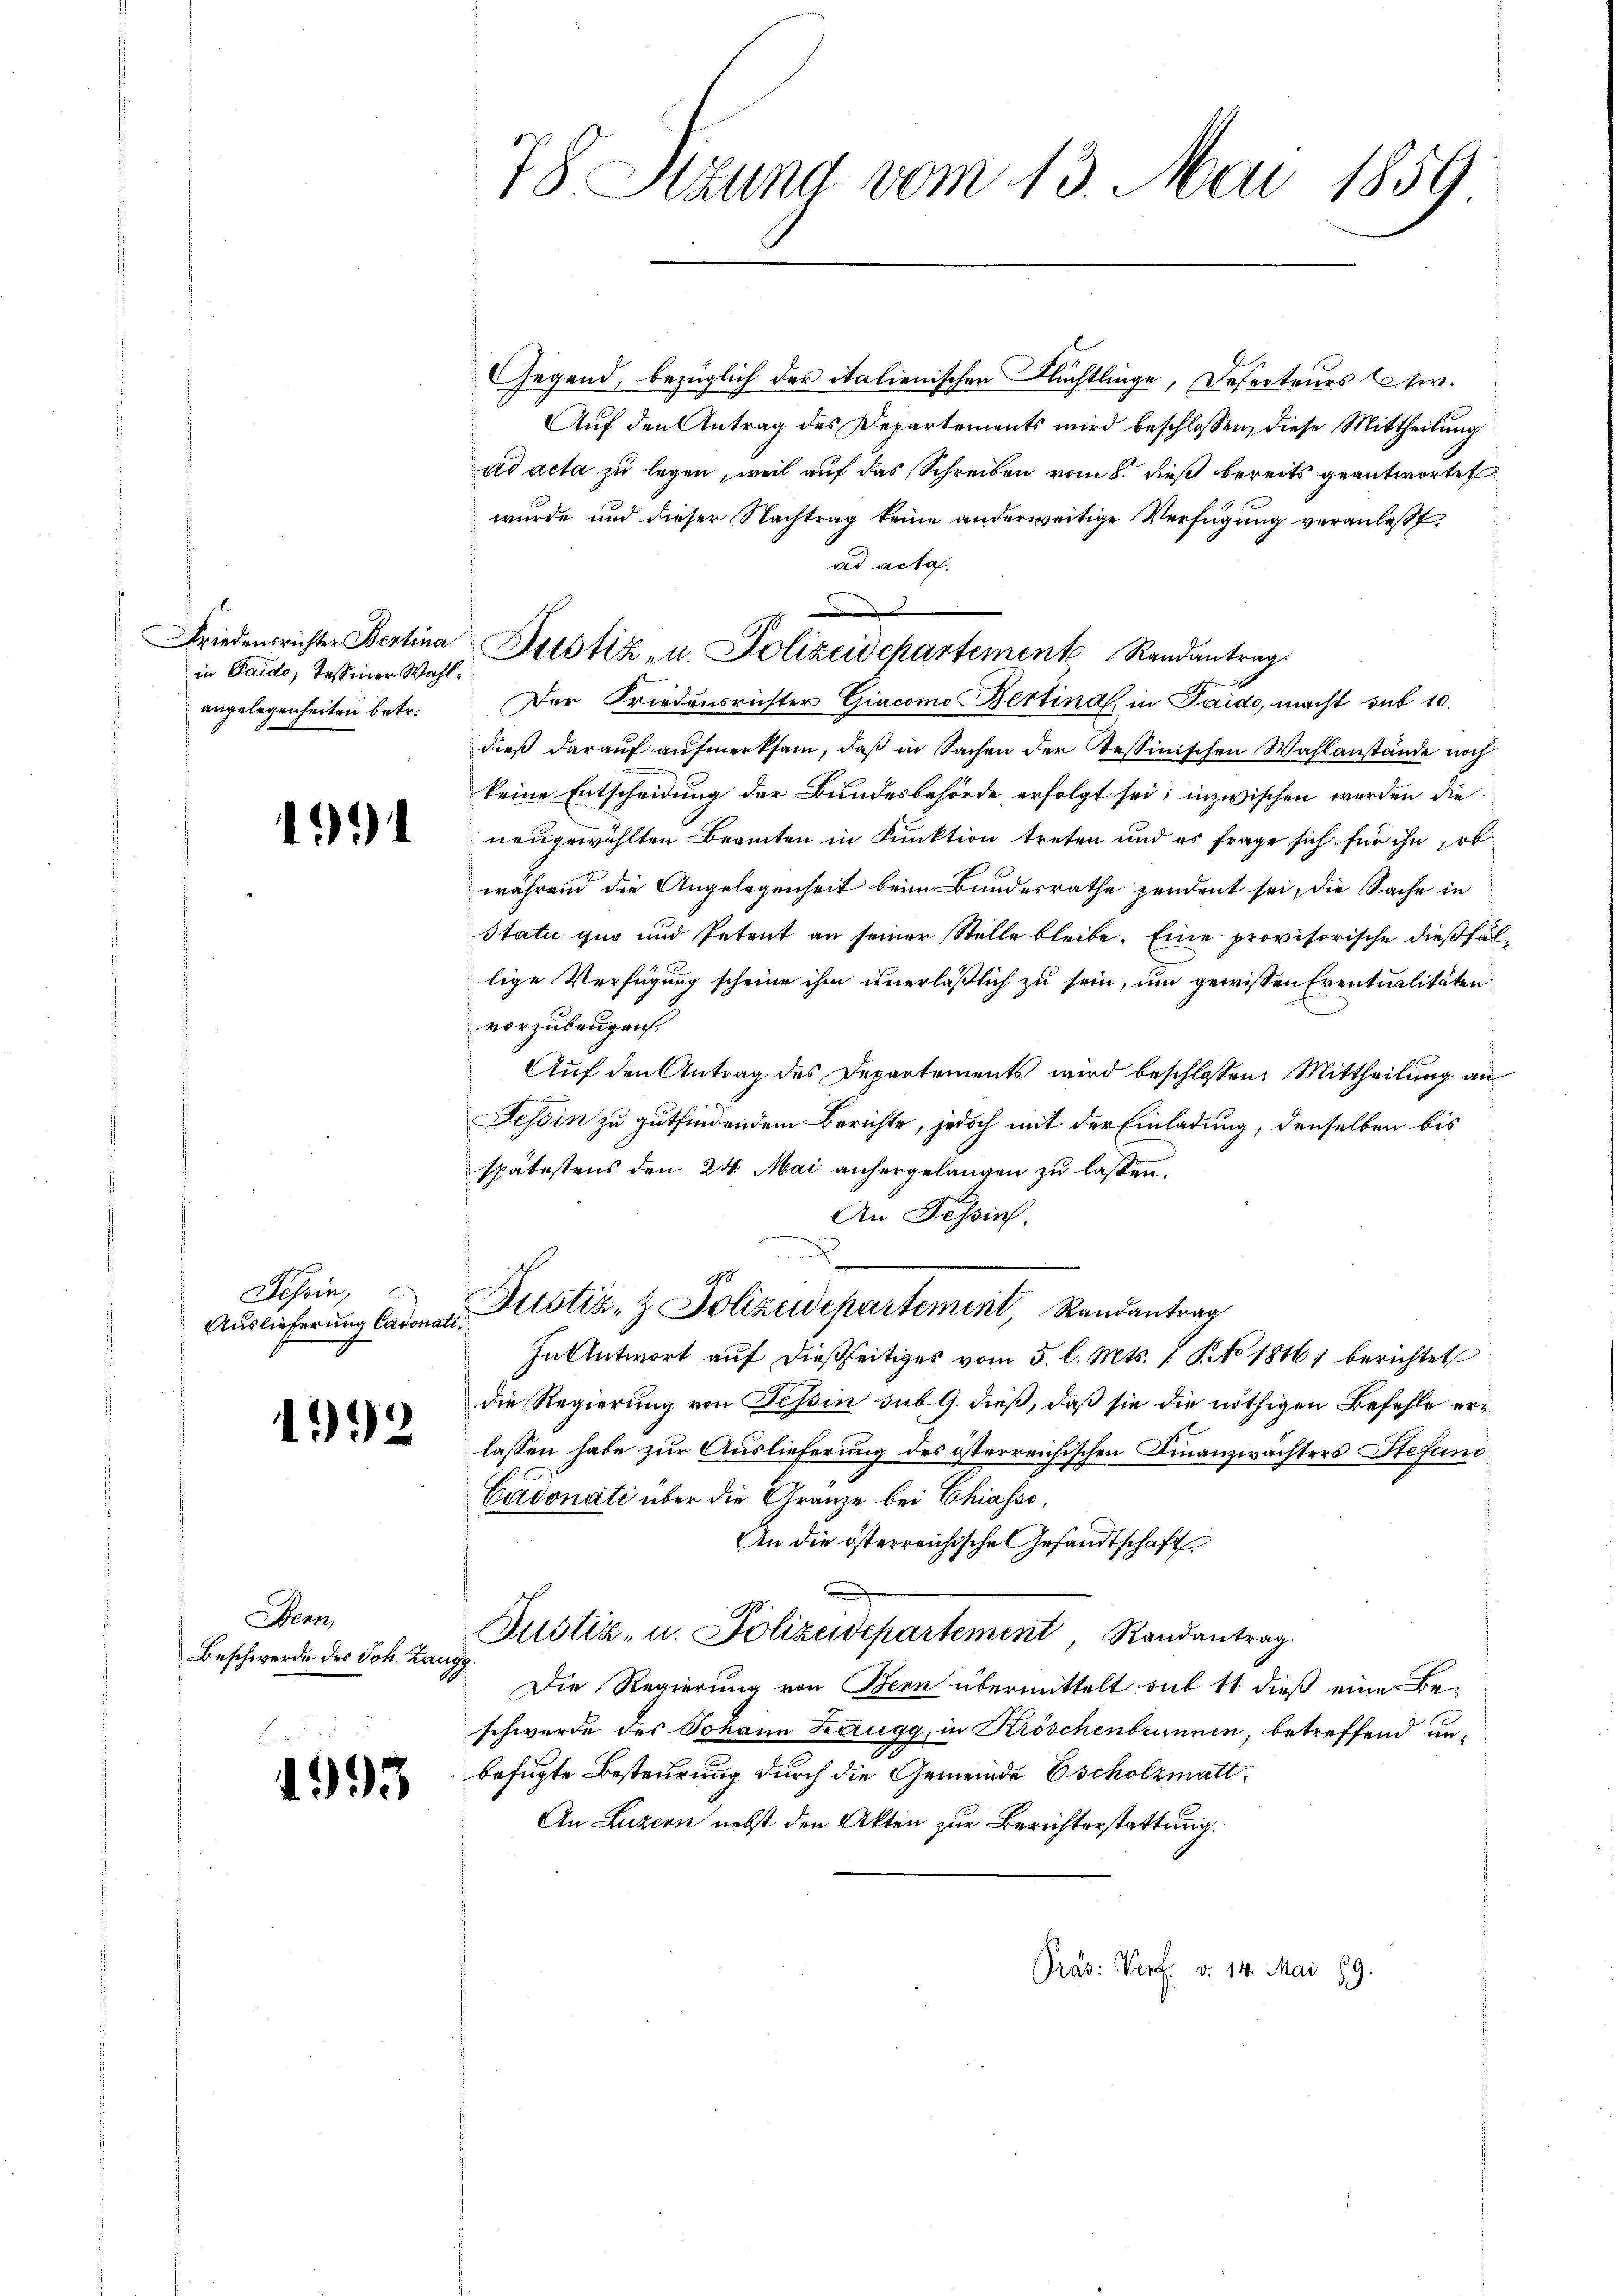
in Paido; Tessiner Wahlangelegenheiten betr.

1)

Tessin,
Auslieferung Cadonati

4992

Denn
Beschwerde des Joh. Zangg.

1993

78 Stzung vom 13. Mai 1859

GGegend, bezüglich der italienischen Flüchtlinge, Deserteurs schw.
Auf den Antrag des Departements wird beschlossen, diese Mittheilung
ad acta zu legen, weil auf das Schreiben vom 8. dieß bereits geantwortet
wurde und dieser Nachtrag keine anderweitige Verfügung veranlaßt,
ad acta.
Der Friedensrichter Giacomo Bertina, in Paido, macht sub 10.
dieß darauf aufmerksam, daß in Sachen der Tessinischen Wahlanstände noch
keine Entscheidung der Bundesbehörde erfolgt sei; inzwischen werden die
neugewählten Beamten in Funktion treten und es frage sich für ihn, ob
während die Angelegenheit beim Bundesrathe pendent sei, die Sache in
Statu quo und Petent an seiner Stelle bleibe. Eine provisorische dießfällige Verfügung scheine ihm unerläßlich zu sein, um gewissen Eventualitäten
vorzubeugen.
Auf den Antrag des Departements wird beschlossen: Mittheilung an
Tessin zu gutfindendem Berichte, jedoch mit der Einladung, denselben bis
spätestens den 24. Mai anhergelangen zu lassen.
An Tessin.
D
98
Justiz- & Polizeidepartement, Randantrag
In Antwort aŭf dießseitiges vom 5. l. Mts. 1. P. No 1816. berichtet
die Regierung von Tessin sub G. dieß, daß sie die nöthigen Befehle erlassen habe zur Auslieferung des österreichischen Finanzwächters Stefand
Cadonati über die Gränze bei Chiasso,
An die österreichische Gesandtschaft
Justiz- u. Polizeidepartement Randantrag.
Die Regierung von Bern übermittelt sub 11 dieß eine Be-
schwerde des Johann Zaugg, in Kröschenbrunnen, betreffend unbefugte Besteurung durch die Gemeinde Escholzmatt¬
An Luzern nebst den Akten zur Berichterstattung.
Präs: Verf. d. 14. Mai 189.

e
Friedensrichter Bertina Justiz u. Polizeidepartement Randantrag